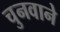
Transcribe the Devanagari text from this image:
चुनवाने